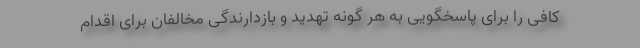
كافی را برای پاسخگویی به هر گونه تهدید و بازدارندگی مخالفان برای اقدام